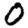
Digit: 0